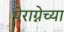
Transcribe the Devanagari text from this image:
पेराग्नेच्या